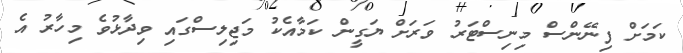
ކަމަށް ފިނޭންސް މިނިސްޓަރު ވަރަށް ޔަގީން ކަމާއެކު މަޖިލިސްގައި ވިދާޅުވެ މިހާރު އެ